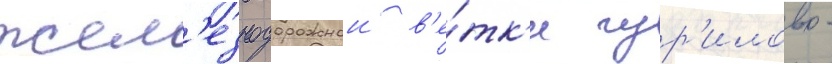
жел'езнодорожнои в'е́тк'и чур'илово -